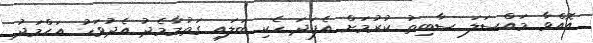
އޮއްވާ މައްސަލަ ސާބިތު ކުރުމަށް އެފަދަ ހެކި ބަލައި ގަތުމާމެދު އެދުވަހު އަޙްމަދު